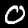
Label: 0